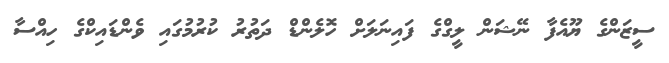
ސީޒަންގެ ޔޫއެފާ ނޭޝަން ލީގްގެ ފައިނަލަށް ހޮލެންޑް ދަތުރު ކުރުމުގައި ވެންޑައިކްގެ ހިއްސާ